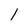
Character: 1